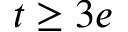
t \ge 3 e